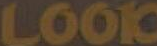
LOOK